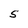
Character: S